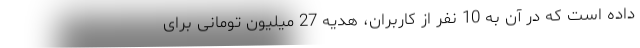
داده است که در آن به 10 نفر از کاربران، هدیه 27 میلیون تومانی برای